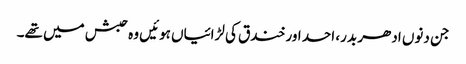
جن دنوں ادھر بدر، احد اور خندق کی لڑائیاں ہوئیں وہ حبش میں تھے۔